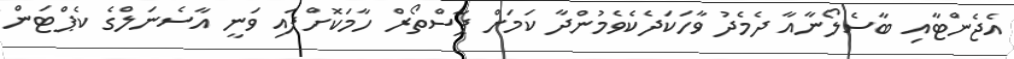
އެޖެންޓާއި ބާސެލޯނާއާ ދެމެދު ވާހަކަދެކެވެމުންދާ ކަމަށް ޕާސްތޯރް ހާމަކޮށްފައި ވަނީ އާސެނަލްގެ ކެޕްޓަން